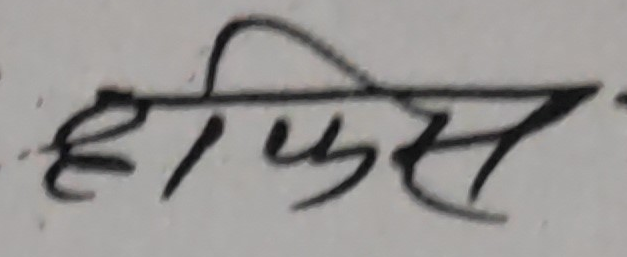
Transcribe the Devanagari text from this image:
हीफिस